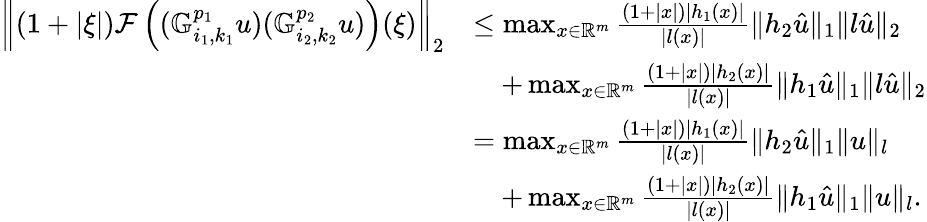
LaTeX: \begin{array}{rl}{\left\| (1+|\xi|)\mathcal{F}\left((\mathbb{G}_{i_{1},k_{1}}^{p_{1}}u)(\mathbb{G}_{i_{2},k_{2}}^{p_{2}}u)\right)(\xi)\right\| _{2}}&{\leq\operatorname*{max}_{x\in\mathbb{R}^{m}}\frac{(1+|x|)|h_{1}(x)|}{|l(x)|}\| h_{2}\hat{u}\| _{1}\| l\hat{u}\| _{2}}\\ &{\quad+\operatorname*{max}_{x\in\mathbb{R}^{m}}\frac{(1+|x|)|h_{2}(x)|}{|l(x)|}\| h_{1}\hat{u}\| _{1}\| l\hat{u}\| _{2}}\\ &{=\operatorname*{max}_{x\in\mathbb{R}^{m}}\frac{(1+|x|)|h_{1}(x)|}{|l(x)|}\| h_{2}\hat{u}\| _{1}\| {u}\| _{l}}\\ &{\quad+\operatorname*{max}_{x\in\mathbb{R}^{m}}\frac{(1+|x|)|h_{2}(x)|}{|l(x)|}\| h_{1}\hat{u}\| _{1}\| u\| _{l}.}\end{array}